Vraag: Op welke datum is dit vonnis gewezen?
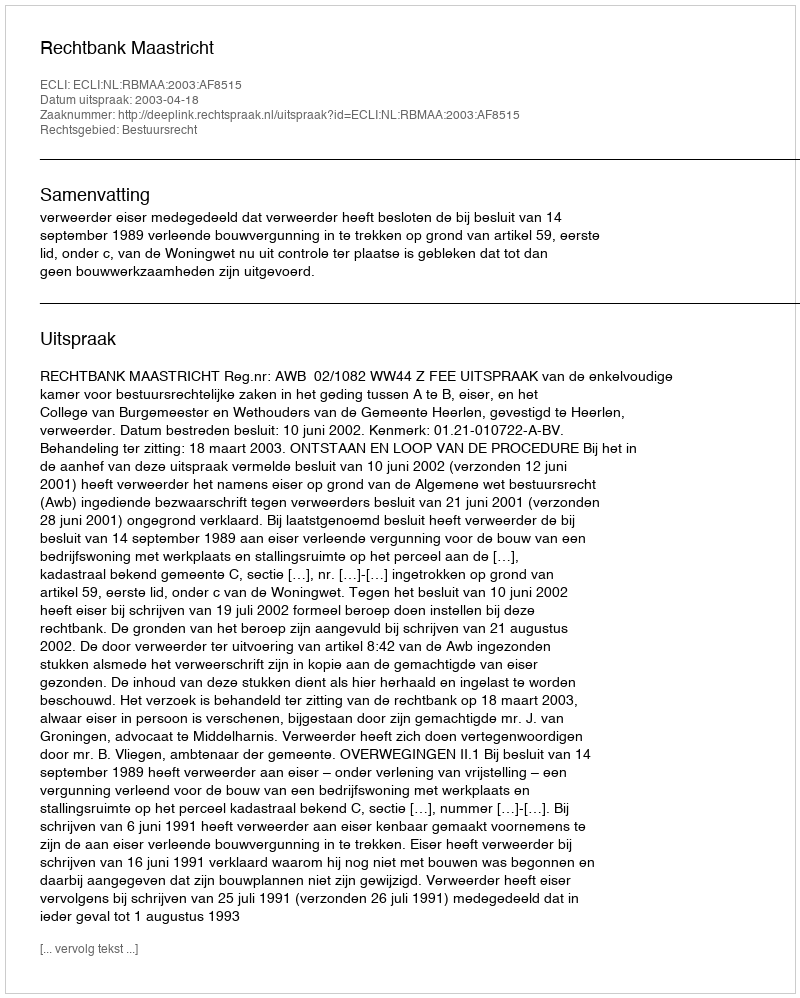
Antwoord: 2003-04-18